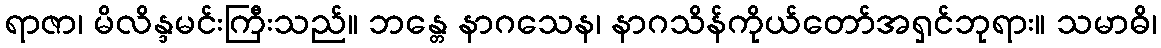
ရာဇာ၊ မိလိန္ဒမင်းကြီးသည်။ ဘန္တေ နာဂသေန၊ နာဂသိန်ကိုယ်တော်အရှင်ဘုရား။ သမာဓိ၊